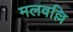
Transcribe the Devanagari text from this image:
मलवल्लि